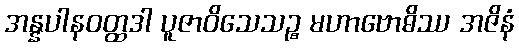
အန္နပါနဝတ္ထဒါ ပူဇာဝိသေသဉ္စ မဟာဗောဓိဿ အဇိနံ